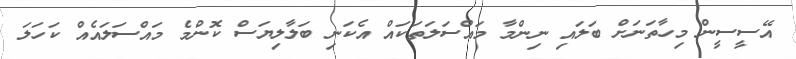
އޭސީސީން މިހާތަނަށް ބަލައި ނިންމާ މައްސަލަތަކައް އެކަނި ބަލާލިޔަސް ކޮންމެ މައްސަލައެއް ކަހަލަ